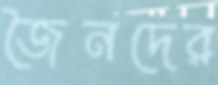
জৈনদের